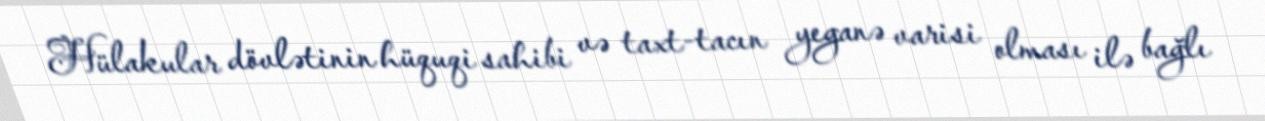
Hülakular dövlətinin hüquqi sahibi və taxt-tacın yeganə varisi olması ilə bağlı